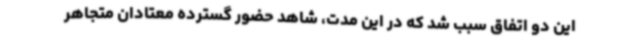
این دو اتفاق سبب شد که در این مدت، شاهد حضور گسترده معتادان متجاهر